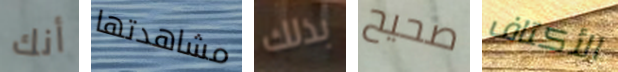
أنك مشاهدتها بذلك صحيح الأكتاف